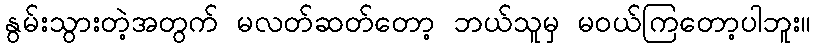
နွမ်းသွားတဲ့အတွက် မလတ်ဆတ်တော့ ဘယ်သူမှ မ၀ယ်ကြတော့ပါဘူး။